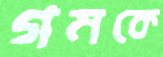
গমকে